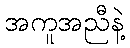
အကူအညီနဲ့